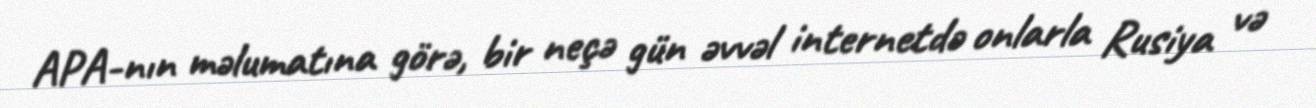
APA-nın məlumatına görə, bir neçə gün əvvəl internetdə onlarla Rusiya və